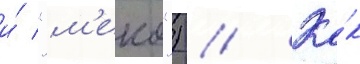
и́ "м'еко") // Ка́к